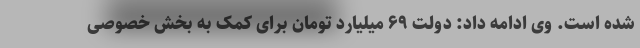
شده است. وی ادامه داد: دولت ۶۹ میلیارد تومان برای کمک به بخش خصوصی